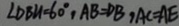
\angle D B M = 6 0 ^ { \circ } , A B = D B , A C = A E